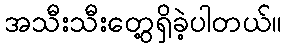
အသီးသီးတွေ့ရှိခဲ့ပါတယ်။